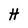
Character: H